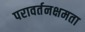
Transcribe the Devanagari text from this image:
परावर्तनक्षमता